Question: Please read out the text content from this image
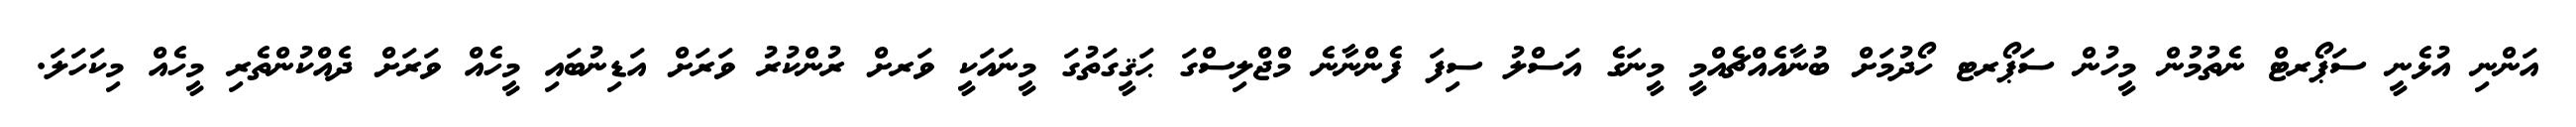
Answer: އަންނި އުޅެނީ ސަޕޯރޓް ނެތުމުން މީހުން ސަޕޯރޓ ހޯދުމަށް ބުނާއެއްޗެއްމީ މީނަގެ އަސްލު ސިފަ ފެންނާނެ މްޖްލިސްގަ ޙަޤީގަތުގަ މީނައަކީ ވަރށް ރުންކުރު ވަރަށް އަޑިނުބައި މީހެއް ވަރަށް ދެއްކުންތެރި މީހެއް މިކަހަލަ.